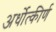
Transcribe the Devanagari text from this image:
अर्धोत्कीर्ण